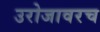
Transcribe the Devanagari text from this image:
उरोजावरच